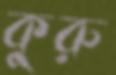
কুরু